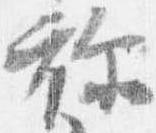
祢